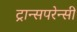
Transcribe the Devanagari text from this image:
ट्रान्सपरेन्सी